Document type: Dowry acquittance
Year: 1427
Scribe: Pere Tarafa
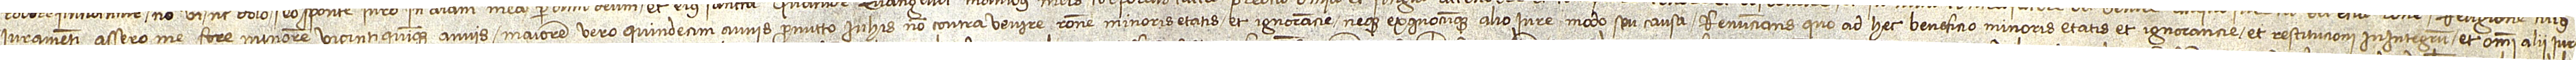
iuramenti assero me fore minorem viginti quinque annis, maiorem vero quindecim annis, promitto in his non contravenie ratione minoris etatis et ignorancie neque ex quocumque alio iure, modo seu causa. Renuncians quo ad hec beneficio minoris etatis et ignorancie et restitucioni in integrum, et omni alii iuri,